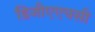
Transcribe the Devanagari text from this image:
डिजीएएचसी